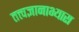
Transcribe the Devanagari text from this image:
तत्त्वज्ञानाभ्यास